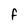
Character: F